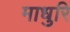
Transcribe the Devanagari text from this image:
माधुरि